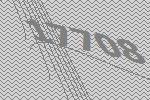
17708